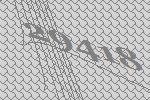
29418